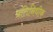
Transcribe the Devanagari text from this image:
प्रतिनिधीक